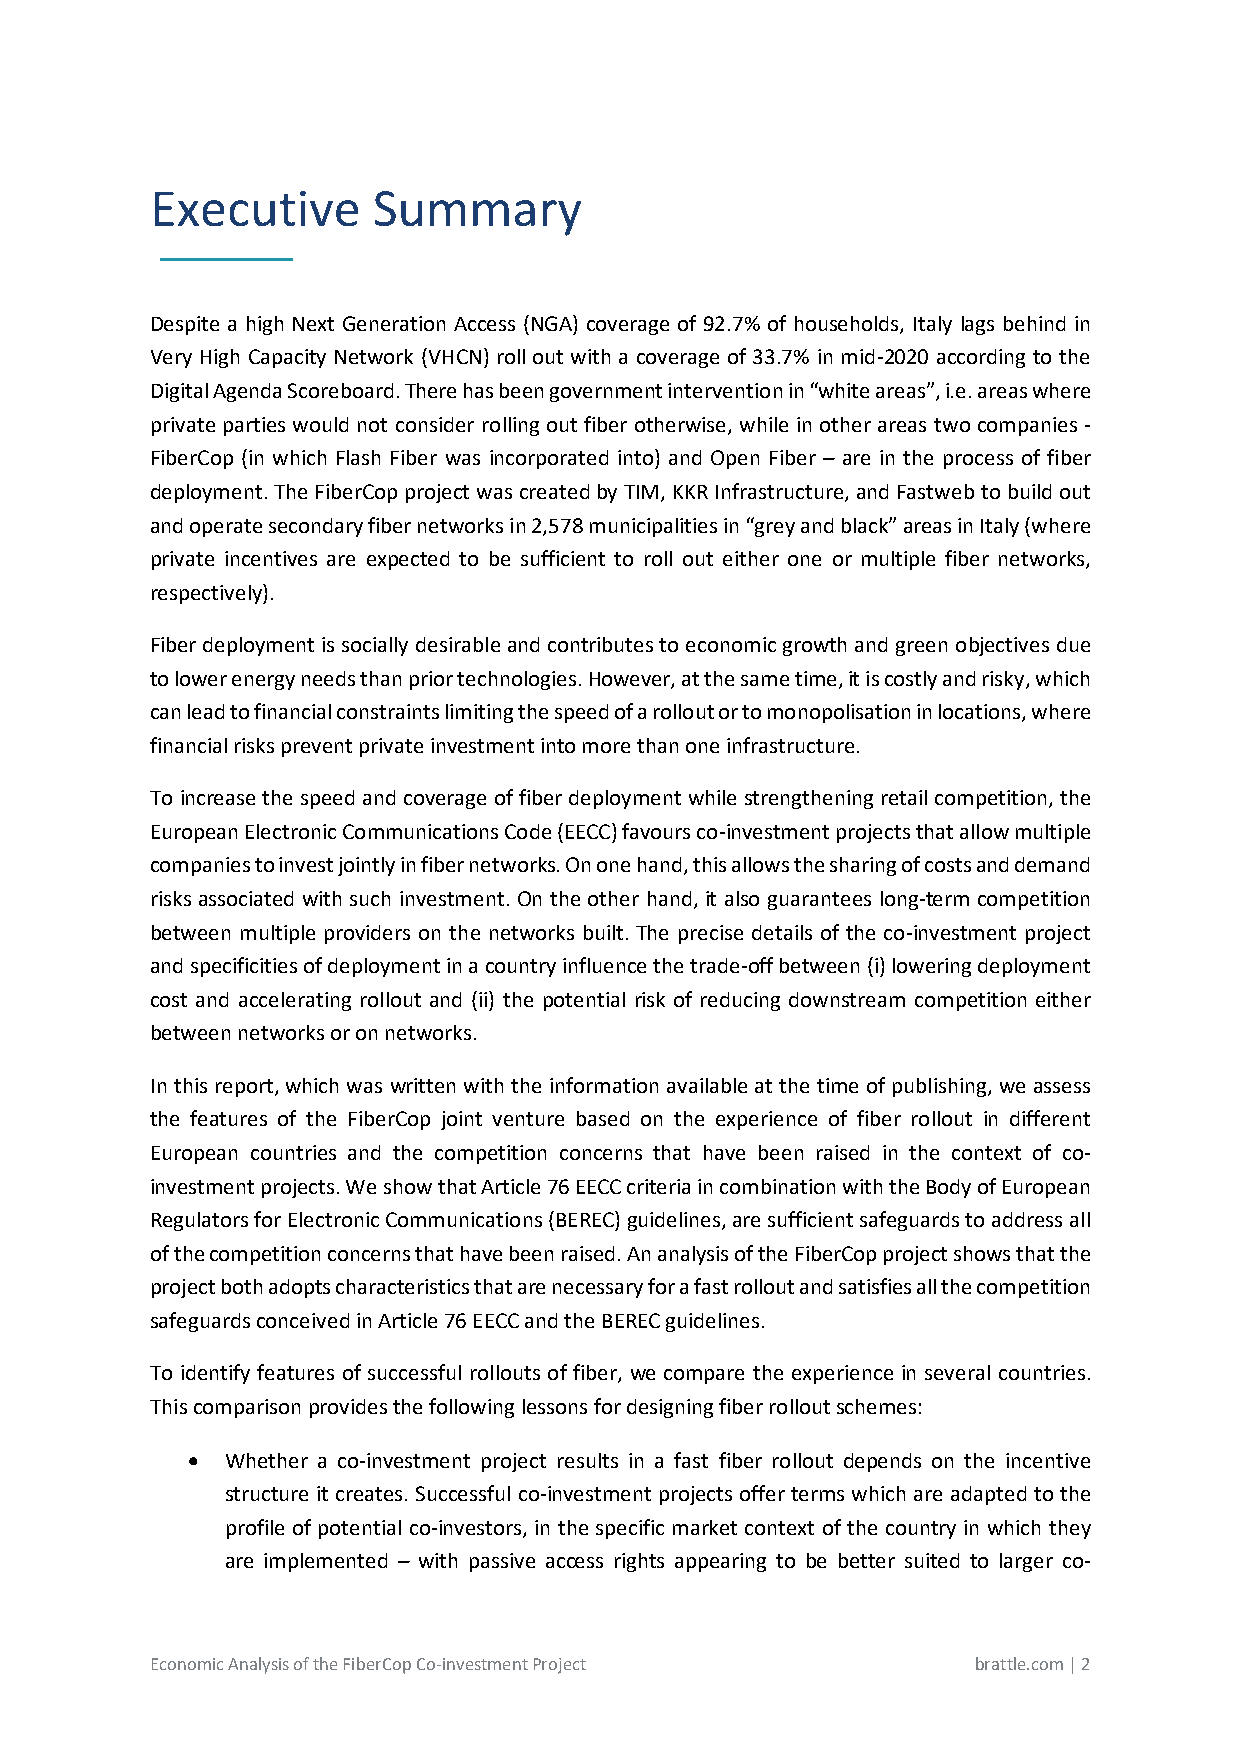
Executive      Summary
 _________
 Despite a high Next Generation Access (NGA) coverage of 92.7% of households, Italy lags behind in
 Very High Capacity Network (VHCN) roll out with a coverage of 33.7% in mid-2020 according to the
 Digital Agenda Scoreboard. There has been government intervention in “white areas”, i.e. areas where
 private parties would not consider rolling out fiber otherwise, while in other areas two companies -
 FiberCop (in which Flash Fiber was incorporated into) and Open Fiber – are in the process of fiber
 deployment. The FiberCop project was created by TIM, KKR Infrastructure, and Fastweb to build out
 and operate secondary fiber networks in 2,578 municipalities in “grey and black” areas in Italy (where
 private incentives are expected to be sufficient to roll out either one or multiple fiber networks,
 respectively).
 Fiber deployment is socially desirable and contributes to economic growth and green objectives due
 to lower energy needs than prior technologies. However, at the same time, it is costly and risky, which
 can lead to financial constraints limiting the speed of a rollout or to monopolisation in locations, where
 financial risks prevent private investment into more than one infrastructure.
 To increase the speed and coverage of fiber deployment while strengthening retail competition, the
 European Electronic Communications Code (EECC) favours co-investment projects that allow multiple
 companies to invest jointly in fiber networks. On one hand, this allows the sharing of costs and demand
 risks associated with such investment. On the other hand, it also guarantees long-term competition
 between multiple providers on the networks built. The precise details of the co-investment project
 and specificities of deployment in a country influence the trade-off between (i) lowering deployment
 cost and accelerating rollout and (ii) the potential risk of reducing downstream competition either
 between networks or on networks.
 In this report, which was written with the information available at the time of publishing, we assess
 the features of the FiberCop joint venture based on the experience of fiber rollout in different
 European countries and the competition concerns that have been raised in the context of co-
 investment projects. We show that Article 76 EECC criteria in combination with the Body of European
 Regulators for Electronic Communications (BEREC) guidelines, are sufficient safeguards to address all
 of the competition concerns that have been raised. An analysis of the FiberCop project shows that the
 project both adopts characteristics that are necessary for a fast rollout and satisfies all the competition
 safeguards conceived in Article 76 EECC and the BEREC guidelines.
 To identify features of successful rollouts of fiber, we compare the experience in several countries.
 This comparison provides the following lessons for designing fiber rollout schemes:
 •  Whether a co-investment project results in a fast fiber rollout depends on the incentive
 structure it creates. Successful co-investment projects offer terms which are adapted to the
 profile of potential co-investors, in the specific market context of the country in which they
 are implemented – with passive access rights appearing to be better suited to larger co-
 Economic Analysis of the FiberCop Co-investment Project brattle.com | 2